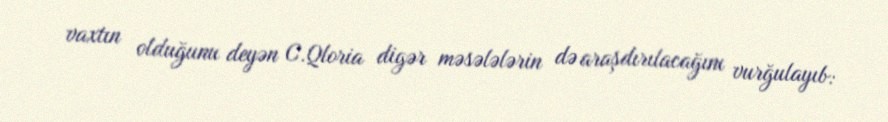
vaxtın olduğunu deyən C.Qloria digər məsələlərin də araşdırılacağını vurğulayıb: